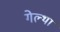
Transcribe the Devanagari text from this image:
गेल्था